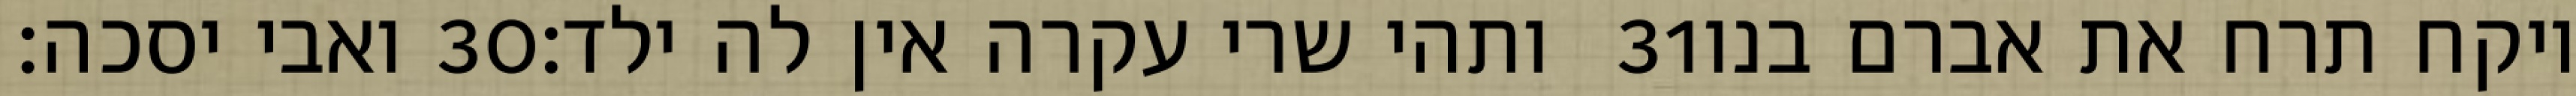
ואבי יסכה׃ ‎30‏ ותהי שרי עקרה אין לה ילד׃ ‎31‏ ויקח תרח את אברם בנו